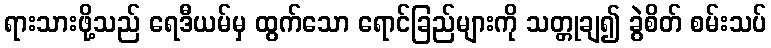
ရားသားဖို့သည် ရေဒီယမ်မှ ထွက်သော ရောင်ခြည်များကို သတ္တုချ၍ ခွဲစိတ် စမ်းသပ်